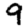
Digit: 9